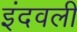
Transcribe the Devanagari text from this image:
इंदवली